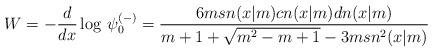
LaTeX: \begin{align*}W=-{d\over dx}\log\,\psi_0^{(-)}={6 m sn(x|m)cn(x|m)dn(x|m)\over m+1+\sqrt{m^2-m+1}-3m sn^2(x|m)}\end{align*}